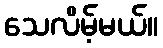
သေလိမ့်မယ်။